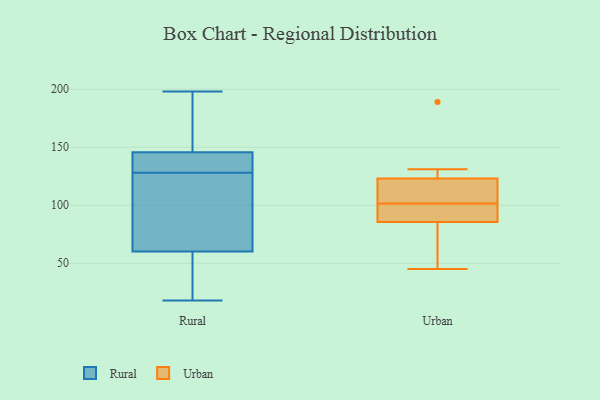
{"axis": {"x": "Net Income (USD K)", "y": "Value"}, "legend": ["Rural", "Urban"], "data": [{"x": "", "y": 186, "type": "Rural"}, {"x": "", "y": 41, "type": "Rural"}, {"x": "", "y": 18, "type": "Rural"}, {"x": "", "y": 73, "type": "Rural"}, {"x": "", "y": 64, "type": "Rural"}, {"x": "", "y": 198, "type": "Rural"}, {"x": "", "y": 163, "type": "Rural"}, {"x": "", "y": 77, "type": "Rural"}, {"x": "", "y": 22, "type": "Rural"}, {"x": "", "y": 136, "type": "Rural"}, {"x": "", "y": 140, "type": "Rural"}, {"x": "", "y": 85, "type": "Rural"}, {"x": "", "y": 196, "type": "Rural"}, {"x": "", "y": 135, "type": "Rural"}, {"x": "", "y": 135, "type": "Rural"}, {"x": "", "y": 49, "type": "Rural"}, {"x": "", "y": 128, "type": "Rural"}, {"x": "", "y": 91, "type": "Urban"}, {"x": "", "y": 131, "type": "Urban"}, {"x": "", "y": 80, "type": "Urban"}, {"x": "", "y": 189, "type": "Urban"}, {"x": "", "y": 102, "type": "Urban"}, {"x": "", "y": 45, "type": "Urban"}, {"x": "", "y": 120, "type": "Urban"}, {"x": "", "y": 126, "type": "Urban"}, {"x": "", "y": 101, "type": "Urban"}, {"x": "", "y": 94, "type": "Urban"}, {"x": "", "y": 117, "type": "Urban"}, {"x": "", "y": 60, "type": "Urban"}]}